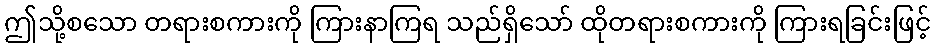
ဤသို့စသော တရားစကားကို ကြားနာကြရ သည်ရှိသော် ထိုတရားစကားကို ကြားရခြင်းဖြင့်